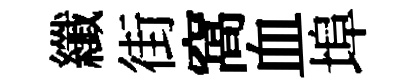
纖街窩血埠